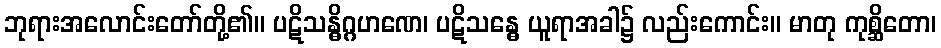
ဘုရားအလောင်းတော်တို့၏။ ပဋိသန္ဓိဂ္ဂဟဏေ၊ ပဋိသန္ဓေ ယူရာအခါ၌ လည်းကောင်း။ မာတု ကုစ္ဆိတော၊